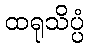
ထရုသိပ္ပံ